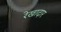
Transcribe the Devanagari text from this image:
रेखादार